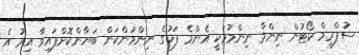
ސުޕްރީމް ކޯޓުން ނިންމާ ނިންމުމަކީ އެންމެ ފަހުގެ ނިންމުންކަން ބަޔާންކޮށްފައިވާ އިރު އެ